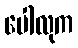
ပေါလုက